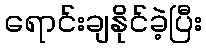
ရောင်းချနိုင်ခဲ့ပြီး